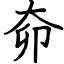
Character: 奅